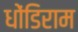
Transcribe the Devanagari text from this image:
धोंडिराम